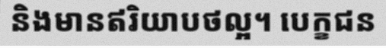
និងមានឥរិយាបថល្អ។ បេក្ខជន